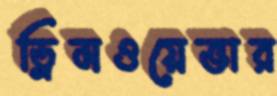
ড্রিমওয়েভার